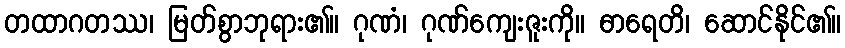
တထာဂတဿ၊ မြတ်စွာဘုရား၏။ ဂုဏံ၊ ဂုဏ်ကျေးဇူးကို။ ဓာရေတိ၊ ဆောင်နိုင်၏။